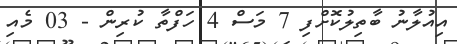
އިއުލާނު ބާތިލުކޮށްފި 7 މަސް 4 ހަފްތާ ކުރިން - 03 މެއި